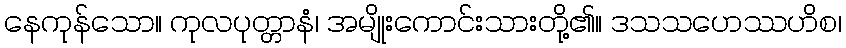
နေကုန်သော။ ကုလပုတ္တာနံ၊ အမျိုးကောင်းသားတို့၏။ ဒသသဟေဿဟိစ၊